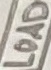
Text: LOAD